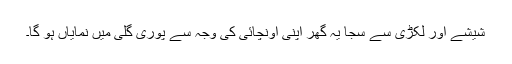
شیشے اور لکڑی سے سجا یہ گھر اپنی اونچائی کی وجہ سے پوری گلی میں نمایاں ہو گا۔